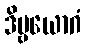
ဒိဗ္ဗယောဂံ